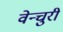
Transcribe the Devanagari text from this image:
वेन्चुरी